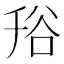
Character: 谸